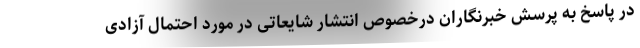
در پاسخ به پرسش خبرنگاران درخصوص انتشار شایعاتی در مورد احتمال آزادی